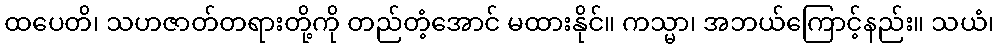
ထပေတိ၊ သဟဇာတ်တရားတို့ကို တည်တံ့အောင် မထားနိုင်။ ကသ္မာ၊ အဘယ်ကြောင့်နည်း။ သယံ၊